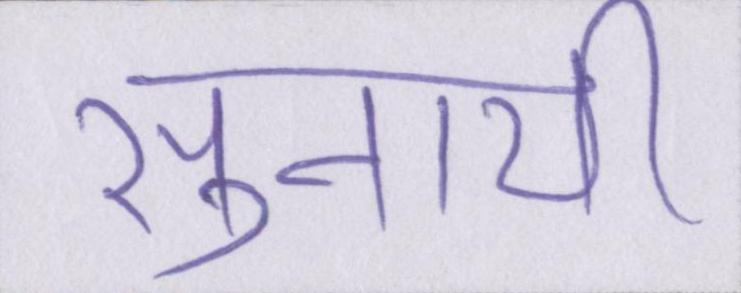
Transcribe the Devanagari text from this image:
सुनायी